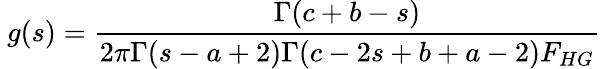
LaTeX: \ g(s)=\frac{\Gamma(c+b-s)}{2\pi\Gamma(s-a+2)\Gamma(c-2s+b+a-2)F_{HG}}